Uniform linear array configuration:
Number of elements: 64
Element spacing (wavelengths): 0.25
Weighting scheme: hamming
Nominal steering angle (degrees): -60
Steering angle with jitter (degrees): -59.864
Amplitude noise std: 0.05
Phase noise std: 0.05

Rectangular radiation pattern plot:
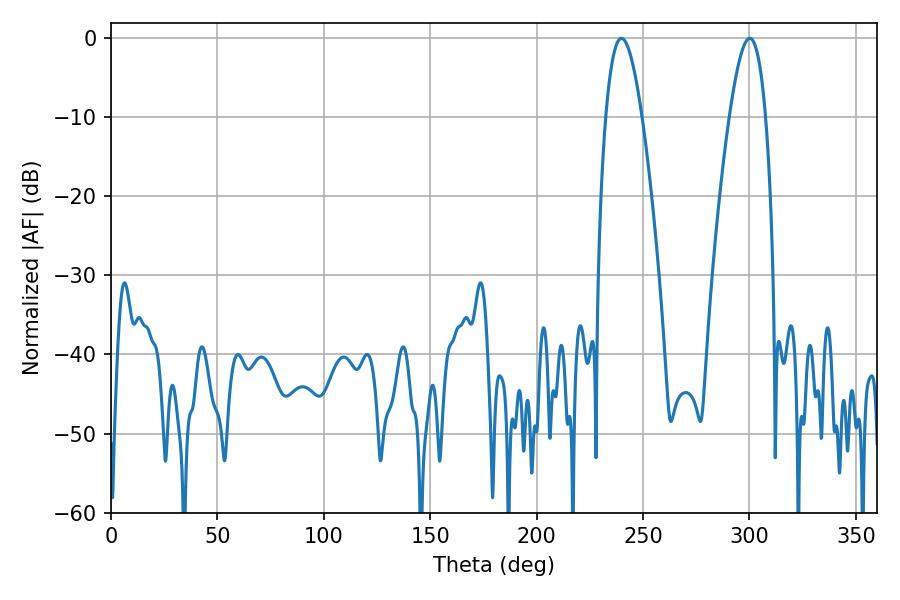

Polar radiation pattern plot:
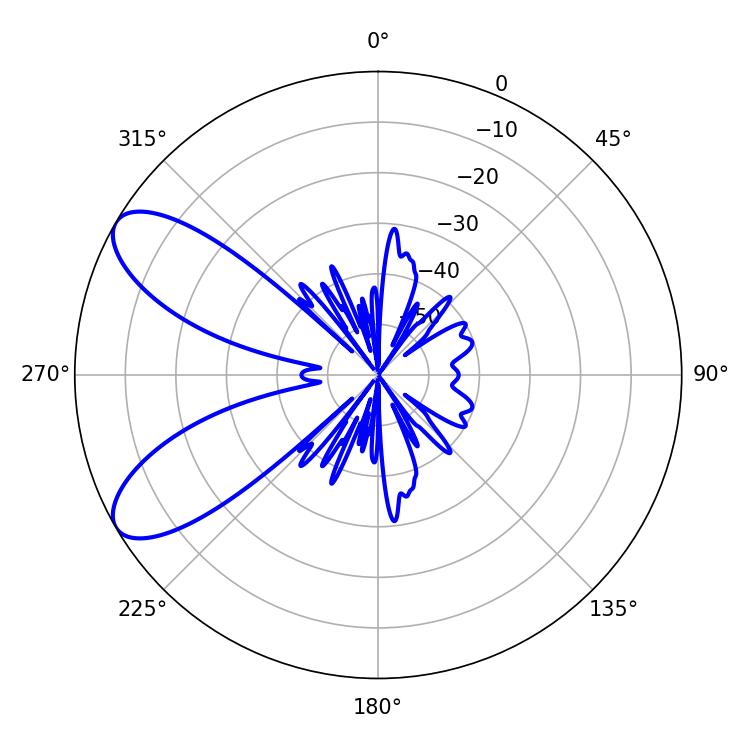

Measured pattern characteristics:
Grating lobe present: FALSE
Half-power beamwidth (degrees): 9.18
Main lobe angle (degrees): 300.06